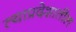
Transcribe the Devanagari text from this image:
त्याप्रदेशातील